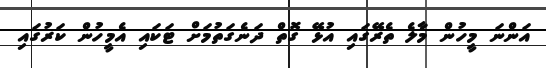
އަންނަ މީހުން މާލެ ތެރޭގައި އުޅޭ ގޮތް ދަނެގަތުމަށް ޓަކައި އެމީހުން ކަރުގައި